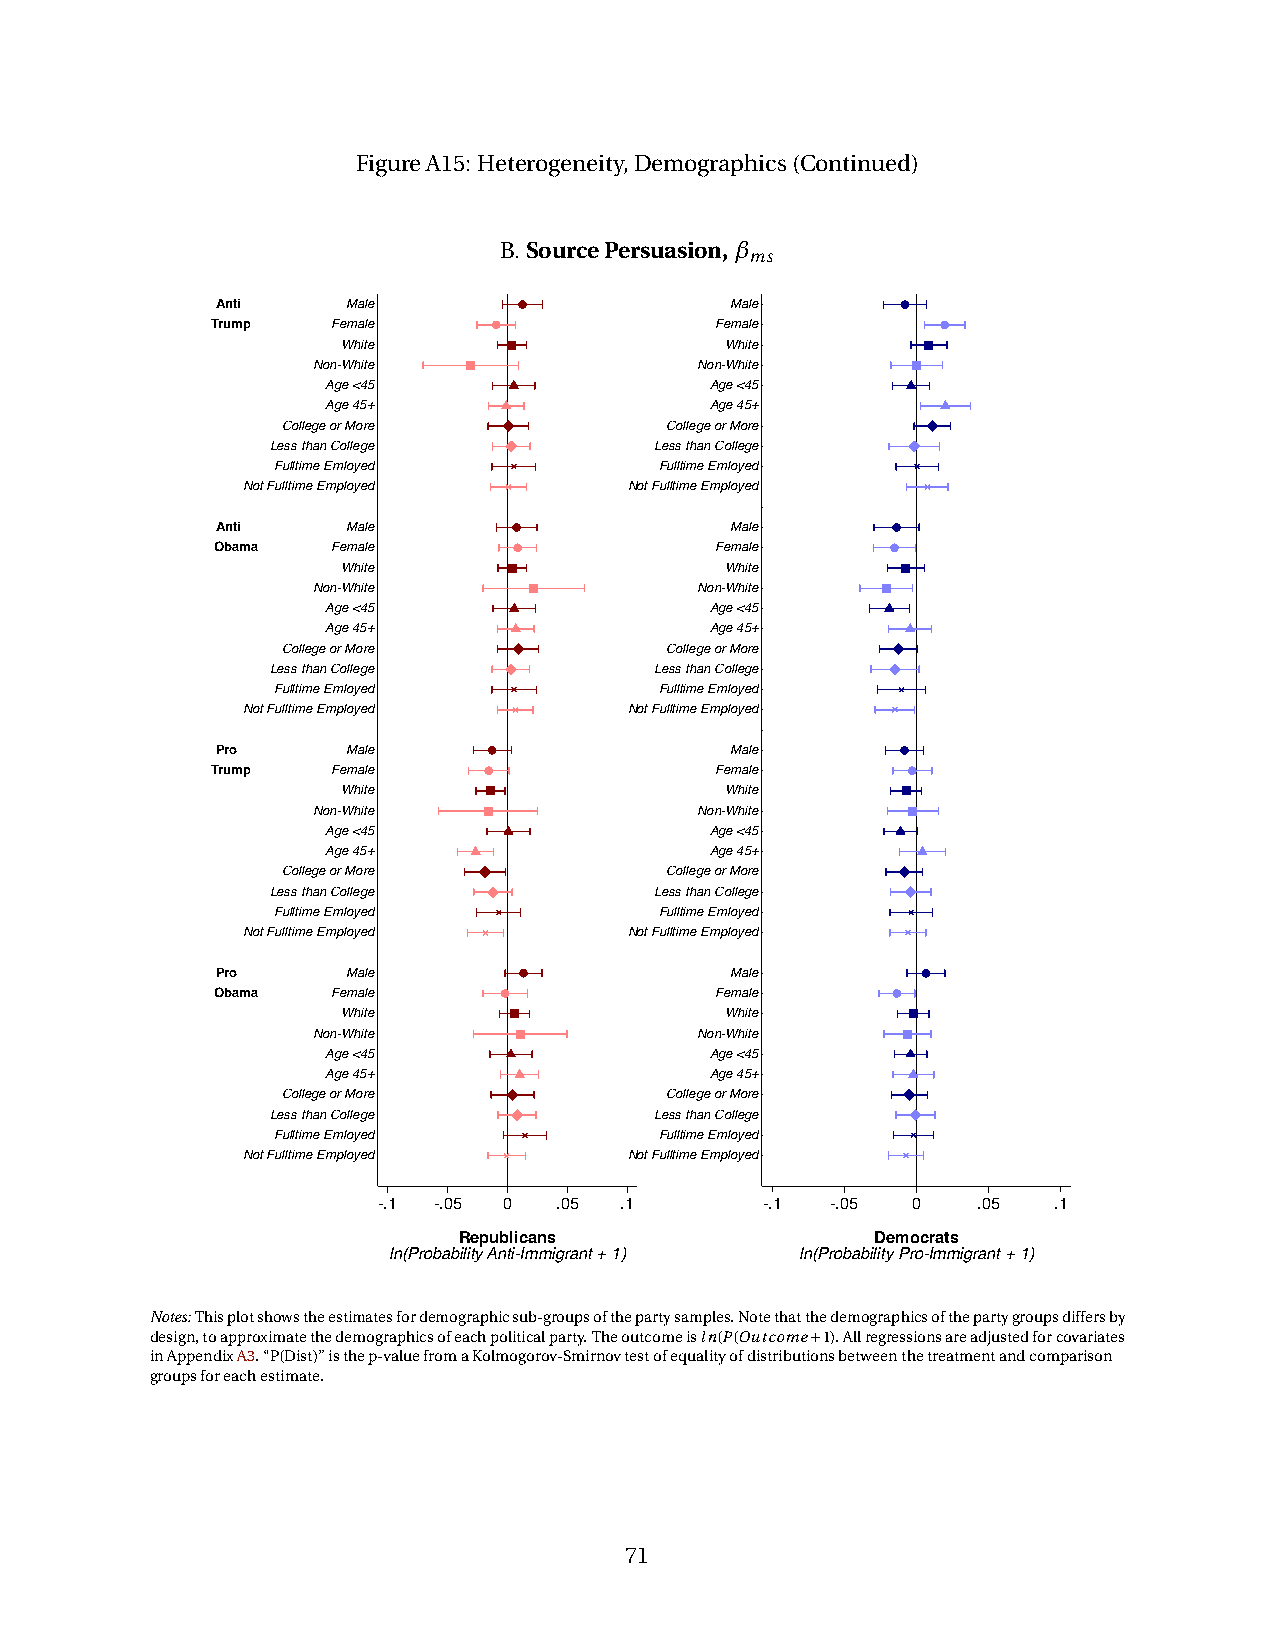
FigureA15: Heterogeneity,Demographics(Continued)
 B.SourcePersuasion,β
 ms
 Anti     Male                     Male
 Trump   Female                   Female
 White                    White
 Non-White                Non-White
 Age <45                  Age <45
 Age 45+                  Age 45+
 College or More          College or More
 Less than College        Less than College
 Fulltime Emloyed          Fulltime Emloyed
 Not Fulltime Employed     Not Fulltime Employed
 Anti     Male                     Male
 Obama   Female                   Female
 White                    White
 Non-White                Non-White
 Age <45                  Age <45
 Age 45+                  Age 45+
 College or More          College or More
 Less than College        Less than College
 Fulltime Emloyed          Fulltime Emloyed
 Not Fulltime Employed     Not Fulltime Employed
 Pro      Male                     Male
 Trump   Female                   Female
 White                    White
 Non-White                Non-White
 Age <45                  Age <45
 Age 45+                  Age 45+
 College or More          College or More
 Less than College        Less than College
 Fulltime Emloyed          Fulltime Emloyed
 Not Fulltime Employed     Not Fulltime Employed
 Pro      Male                     Male
 Obama   Female                   Female
 White                    White
 Non-White                Non-White
 Age <45                  Age <45
 Age 45+                  Age 45+
 College or More          College or More
 Less than College        Less than College
 Fulltime Emloyed          Fulltime Emloyed
 Not Fulltime Employed     Not Fulltime Employed
 -.1 -.05 0  .05 .1       -.1  -.05 0    .05  .1
 Republicans                 Democrats
 ln(Probability Anti-Immigrant + 1) ln(Probability Pro-Immigrant + 1)
 Notes:Thisplotshowstheestimatesfordemographicsub-groupsofthepartysamples.Notethatthedemographicsofthepartygroupsdiffersby
 design,toapproximatethedemographicsofeachpoliticalparty.Theoutcomeisln(P(Outcome+1).Allregressionsareadjustedforcovariates
 inAppendixA3.“P(Dist)”isthep-valuefromaKolmogorov-Smirnovtestofequalityofdistributionsbetweenthetreatmentandcomparison
 groupsforeachestimate.
 71